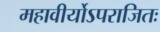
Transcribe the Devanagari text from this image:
महावीर्योऽपराजितः